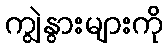
ကျွဲနွားများကို